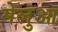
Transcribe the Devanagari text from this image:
मेलुआ